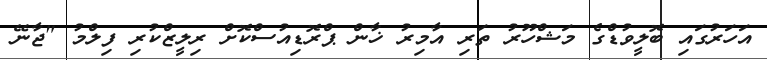
އަހަރުގައި ބޮލީވުޑްގެ މަޝްހޫރު ތަރި އާމިރު ޚާން ޕްރޮޑިއުސްކޮށް ރިލީޒްކުރި ފިލްމު "ޖާނޭ